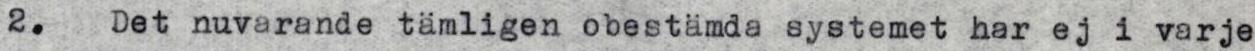
2. Det nuvarande tämligen obestämda systemet har ej i varje